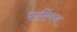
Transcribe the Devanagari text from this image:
पार्सिवन